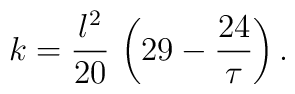
k={l^2 \over 20} \, \left(29 - {24 \over \tau}\right).